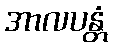
အာလပန္တံ